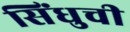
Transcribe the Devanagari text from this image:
सिंधुची